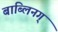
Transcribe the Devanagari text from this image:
बाब्लिनग्